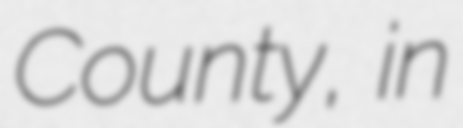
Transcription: County, in